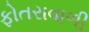
ફોતરાવાળી